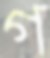
গ